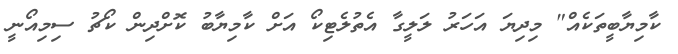
ކާމިޔާބީތަކެއް" މިދިޔަ އަހަރު ލަލީގާ އެތުލެޓިކޯ އަށް ކާމިޔާބު ކޮށްދިން ކޯޗު ސިމިއޯނީ